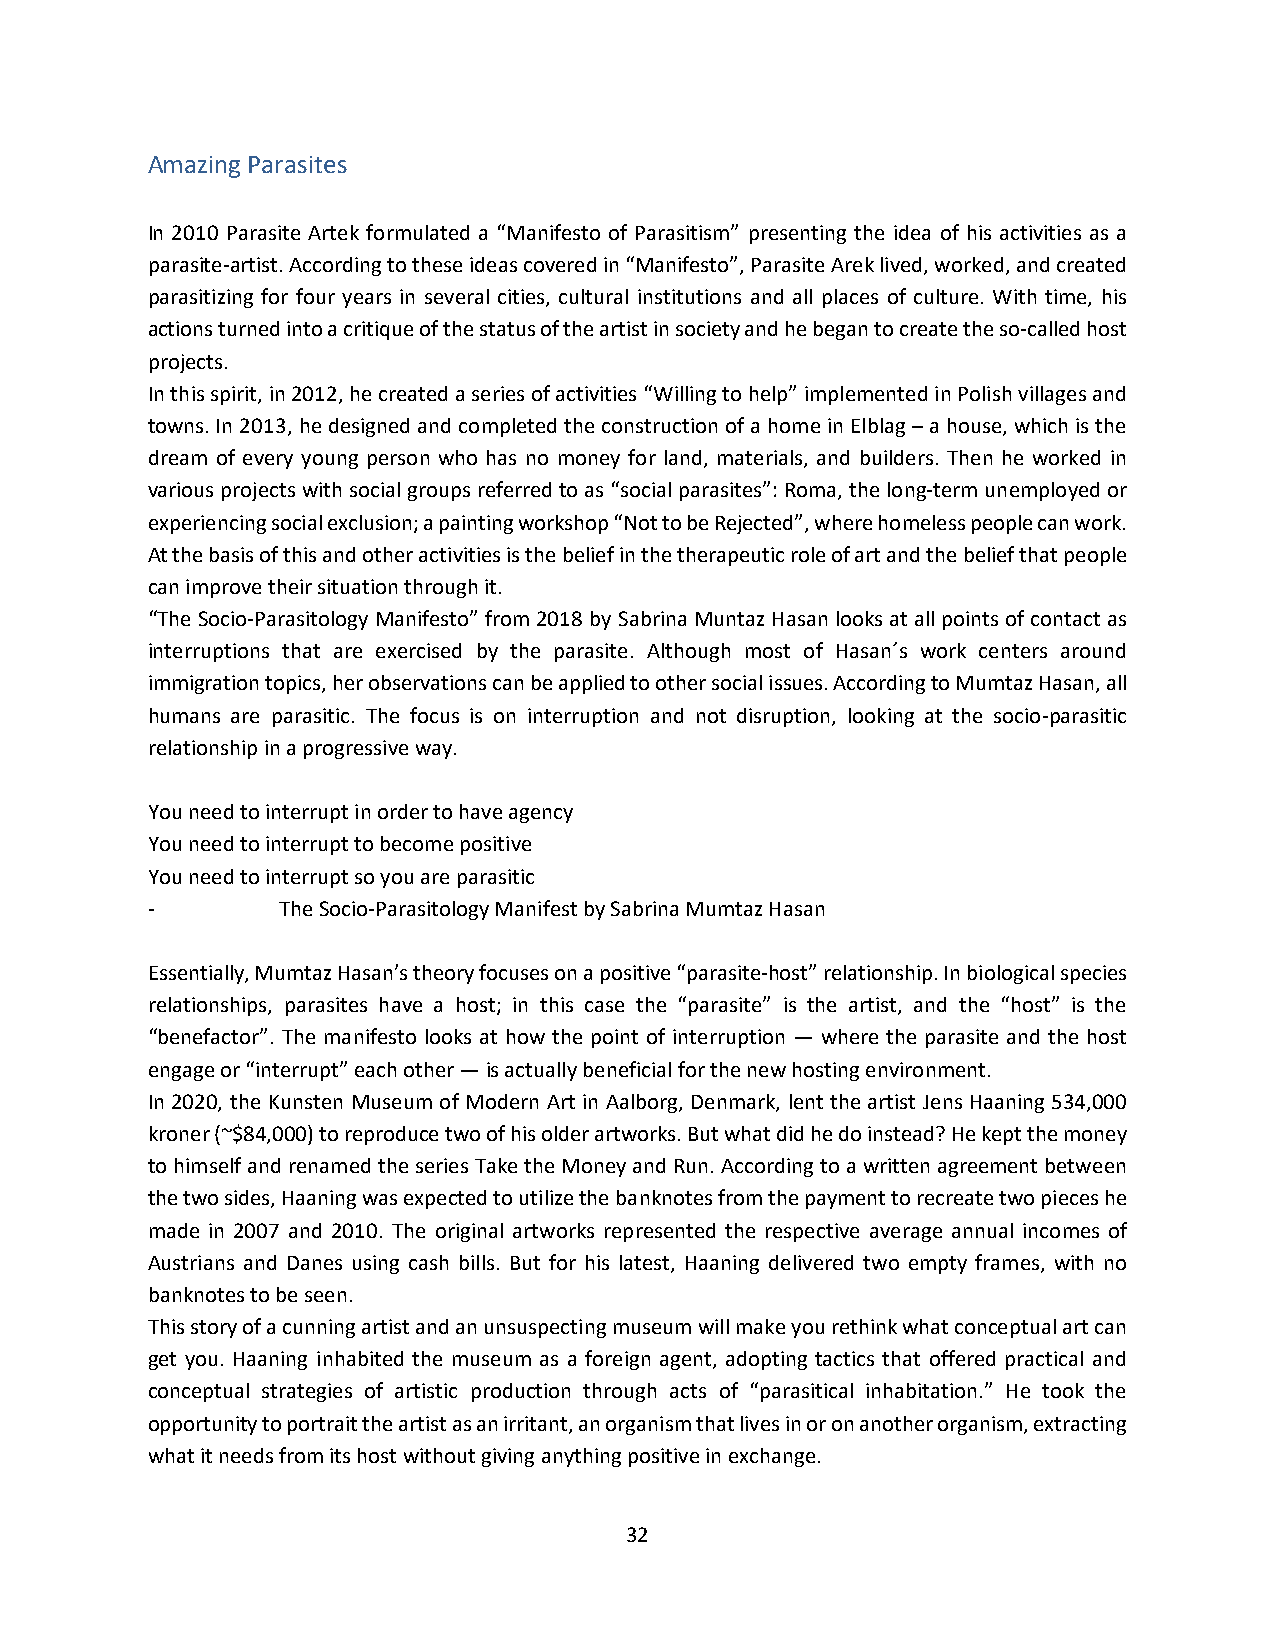
Amazing Parasites
 In 2010 Parasite Artek formulated a “Manifesto of Parasitism” presenting the idea of his activities as a
 parasite-artist. According to these ideas covered in “Manifesto”, Parasite Arek lived, worked, and created
 parasitizing for four years in several cities, cultural institutions and all places of culture. With time, his
 actions turned into a critique of the status of the artist in society and he began to create the so-called host
 projects.
 In this spirit, in 2012, he created a series of activities “Willing to help” implemented in Polish villages and
 towns. In 2013, he designed and completed the construction of a home in Elblag – a house, which is the
 dream of every young person who has no money for land, materials, and builders. Then he worked in
 various projects with social groups referred to as “social parasites”: Roma, the long-term unemployed or
 experiencing social exclusion; a painting workshop “Not to be Rejected”, where homeless people can work.
 At the basis of this and other activities is the belief in the therapeutic role of art and the belief that people
 can improve their situation through it.
 “The Socio-Parasitology Manifesto” from 2018 by Sabrina Muntaz Hasan looks at all points of contact as
 interruptions that are exercised by the parasite. Although most of Hasan´s work centers around
 immigration topics, her observations can be applied to other social issues. According to Mumtaz Hasan, all
 humans are parasitic. The focus is on interruption and not disruption, looking at the socio-parasitic
 relationship in a progressive way.
 You need to interrupt in order to have agency
 You need to interrupt to become positive
 You need to interrupt so you are parasitic
 -       The Socio-Parasitology Manifest by Sabrina Mumtaz Hasan
 Essentially, Mumtaz Hasan’s theory focuses on a positive “parasite-host” relationship. In biological species
 relationships, parasites have a host; in this case the “parasite” is the artist, and the “host” is the
 “benefactor”. The manifesto looks at how the point of interruption — where the parasite and the host
 engage or “interrupt” each other — is actually beneficial for the new hosting environment.
 In 2020, the Kunsten Museum of Modern Art in Aalborg, Denmark, lent the artist Jens Haaning 534,000
 kroner (~$84,000) to reproduce two of his older artworks. But what did he do instead? He kept the money
 to himself and renamed the series Take the Money and Run. According to a written agreement between
 the two sides, Haaning was expected to utilize the banknotes from the payment to recreate two pieces he
 made in 2007 and 2010. The original artworks represented the respective average annual incomes of
 Austrians and Danes using cash bills. But for his latest, Haaning delivered two empty frames, with no
 banknotes to be seen.
 This story of a cunning artist and an unsuspecting museum will make you rethink what conceptual art can
 get you. Haaning inhabited the museum as a foreign agent, adopting tactics that offered practical and
 conceptual strategies of artistic production through acts of “parasitical inhabitation.” He took the
 opportunity to portrait the artist as an irritant, an organism that lives in or on another organism, extracting
 what it needs from its host without giving anything positive in exchange.
 32